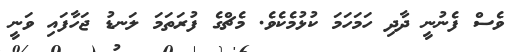
ވެސް ފެނުނީ ދާދި ހަމަހަމަ ކުޅުމެކެވެ. މެޗްގެ ފުރަތަމަ ލަނޑު ޖަހާފައި ވަނީ